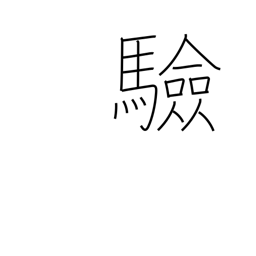
Meaning: testing